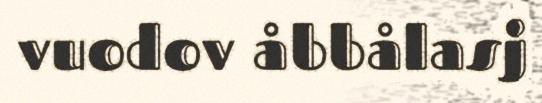
vuodov åbbålasj